Report on vaccination North-West Frontier Province 1904-1922 - 1904-1922
Year: 1904
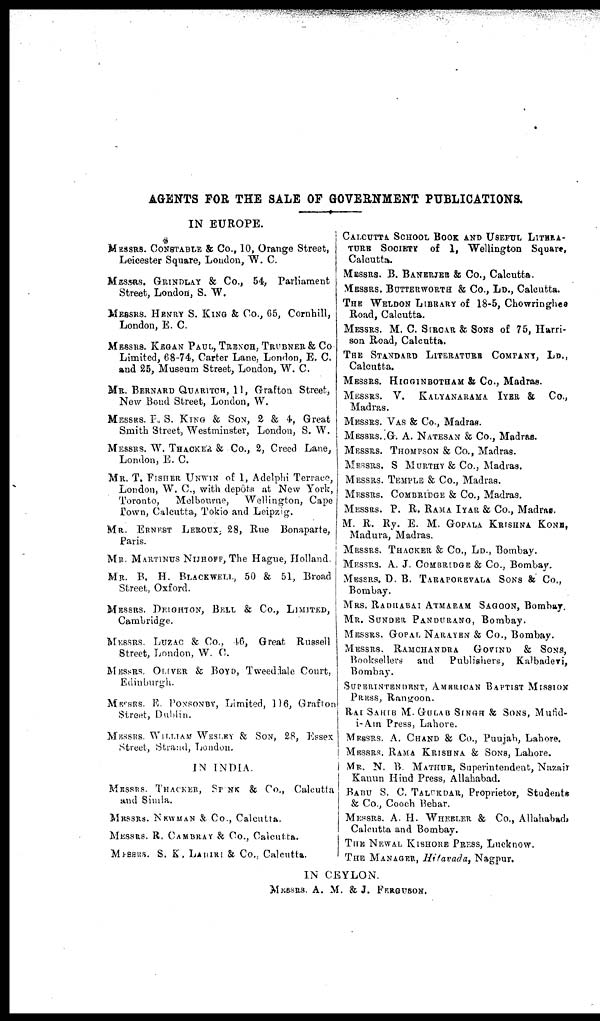
AGENTS FOR THE SALE OF GOVERNMENT PUBLICATIONS.
IN EUROPE.
MESSRS. CONSTABLE & CO., 10, Orange Street,
Leicester Square, London, W. C.
MESSRS. GRINDLAY & CO., 54, Parliament
Street, London, S. W.
MESSRS. HENRY S. KING & CO., 65, Cornhill,
London, E. C.
MESSRS. KEGAN PAUL, TRENCH, TRUBNER & CO
Limited, 68-74, Carter Lane, London, E. C.
and 25, Museum Street, London, W. C.
MR. BERNARD QUARITCH, 11, Grafton Street,
Now Bond Street, London, W.
MESSRS. P. S. KING & SON, 2 & 4, Great
Smith Street, Westminster, London, S. W.
MESSRS. W. THACKER & CO., 2, Creed Lane,
London, E. C.
MR. T. FISHER UNWIN of 1, Adelphi Terrace,
London, W. C, with depôts at New York,
Toronto,
Melbourne,
Wellington, Cape
Town, Calcutta, Tokio and Leipzig.
MR. ERNEST LEROUX, 28, Rue Bonaparte,
Paris.
MR. MARTINUS NIJROFF, The Hague, Holland.
MR. B. H. BLACKWELL, 50 & 51, Broad
Street, Oxford.
MESSRS. DEIGHTON, BELL & CO., LIMITED,
Cambridge.
MESSRS. LUZAC & CO., 46, Great Russell
Street, London, W. C.
MESSRS. OLIVER & BOYD, Tweeddale Court,
Edinburgh.
MESSRS. E. PONSONOY, Limited, 116, Grafton
Street, Dublin.
MESSRS. WILLIAM WESERY & SON, 28, Essex
Street, Strand, London.
IN INDIA.
MRSSRS. THACKER, SP NK & CO., Calcutta
and Simla.
MRSSRS. NEWMAN & CO., Calcutta.
MESSRS. R. CAMBRAY & CO., Calcutta.
MESSRS. S. K. LAHIRI & CO., Calcutta.
CALCUTTA SCHOOL BOOK AND USEFUL LITERA¬
TURE SOCIETY of 1, Wellington Square,
Calcutta.
MESSRS. B. BANERJEE & CO., Calcutta.
MESSRS. BUTTERWORTH & CO., LD., Calcutta.
THE WELDON LIBRARY of 18-5, Chowrioghes
Road, Calcutta.
MESSRS. M. C. SIRCAR & SONS of 75, Harri-
son Road, Calcutta.
THE STANDARD LITERATURE COMPANY, LD.,
Calcutta.
MESSRS. HIGGINBOTHAM & CO., Madras.
MESSRS. V.
KALYANARAMA IYAR & CO.,
Madras.
MESSRS. VAS & Co., Madras.
MESSRS. G. A. NATESAN & CO., Modras.
MESSRS. THOMPSON & Co., Madras.
MESSRS. S MURTHY & Co., Madias.
MESSRS. TEMPLE & Co., Madras.
MESSRS. COMBRIDGE & Co., Madras.
MESSRS. P. R. RAMA IYAR & Co., Madras.
M. R. Ry. E. M. GOPALA KRISHNA KONE,
Madura, Madras.
MESSRS. THACKER & Co., Ld., Bombay.
MESSRS. A. J. COMBRIDGE & Co., Bombay.
MESSRS. D. B. TARAPOREVALA SONS & Co.,
Bombay.
MRS. RADHABAI ATMARAM SAGOON, Bombay.
MR. SUNDER PANDURANG, Bombay.
MESSRS. GOPAL NARAYAN & Co., Bombay.
MESSRS. RAMCHANDRA
GOVIND & SONS,
Booksellers
and
Publishers,
Kalbadevi,
Bombay.
SUPERINTENDENT, AMERICAN BAPTIST MISSION
PRESS, Rangoon.
RAI SAHIB M.GULAB SINGH & SONS, Mutid-
i-Am Press, Lahore.
MESSRS. A. CHAND & CO., Punjab, Lahore.
MESSRS. RAMA KRISHNA & SONS, Lahore.
MR. N. B MATHUR, Superintendent, Nazair
Kanun Hind Press, Allahabad.
BABU S. C. TALUKDAR, Proprietor, Students
& Co., Cooch Bebar.
MESSRS. A. H. WHERLER & Co., Allahabad,
Calcutta and Bombay.
THE NEWAL KISHORE PRESS, Lucknow.
THE MANAGER Hitavada, Nagpur.
IN CEYLON.
MESSRS. A. M. & J. FERGUSON.